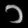
Digit: ၁